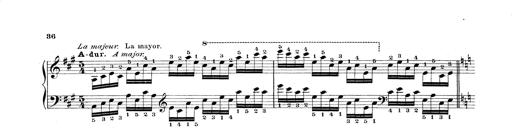
Title: Technische Studien
Composer: Franz Liszt